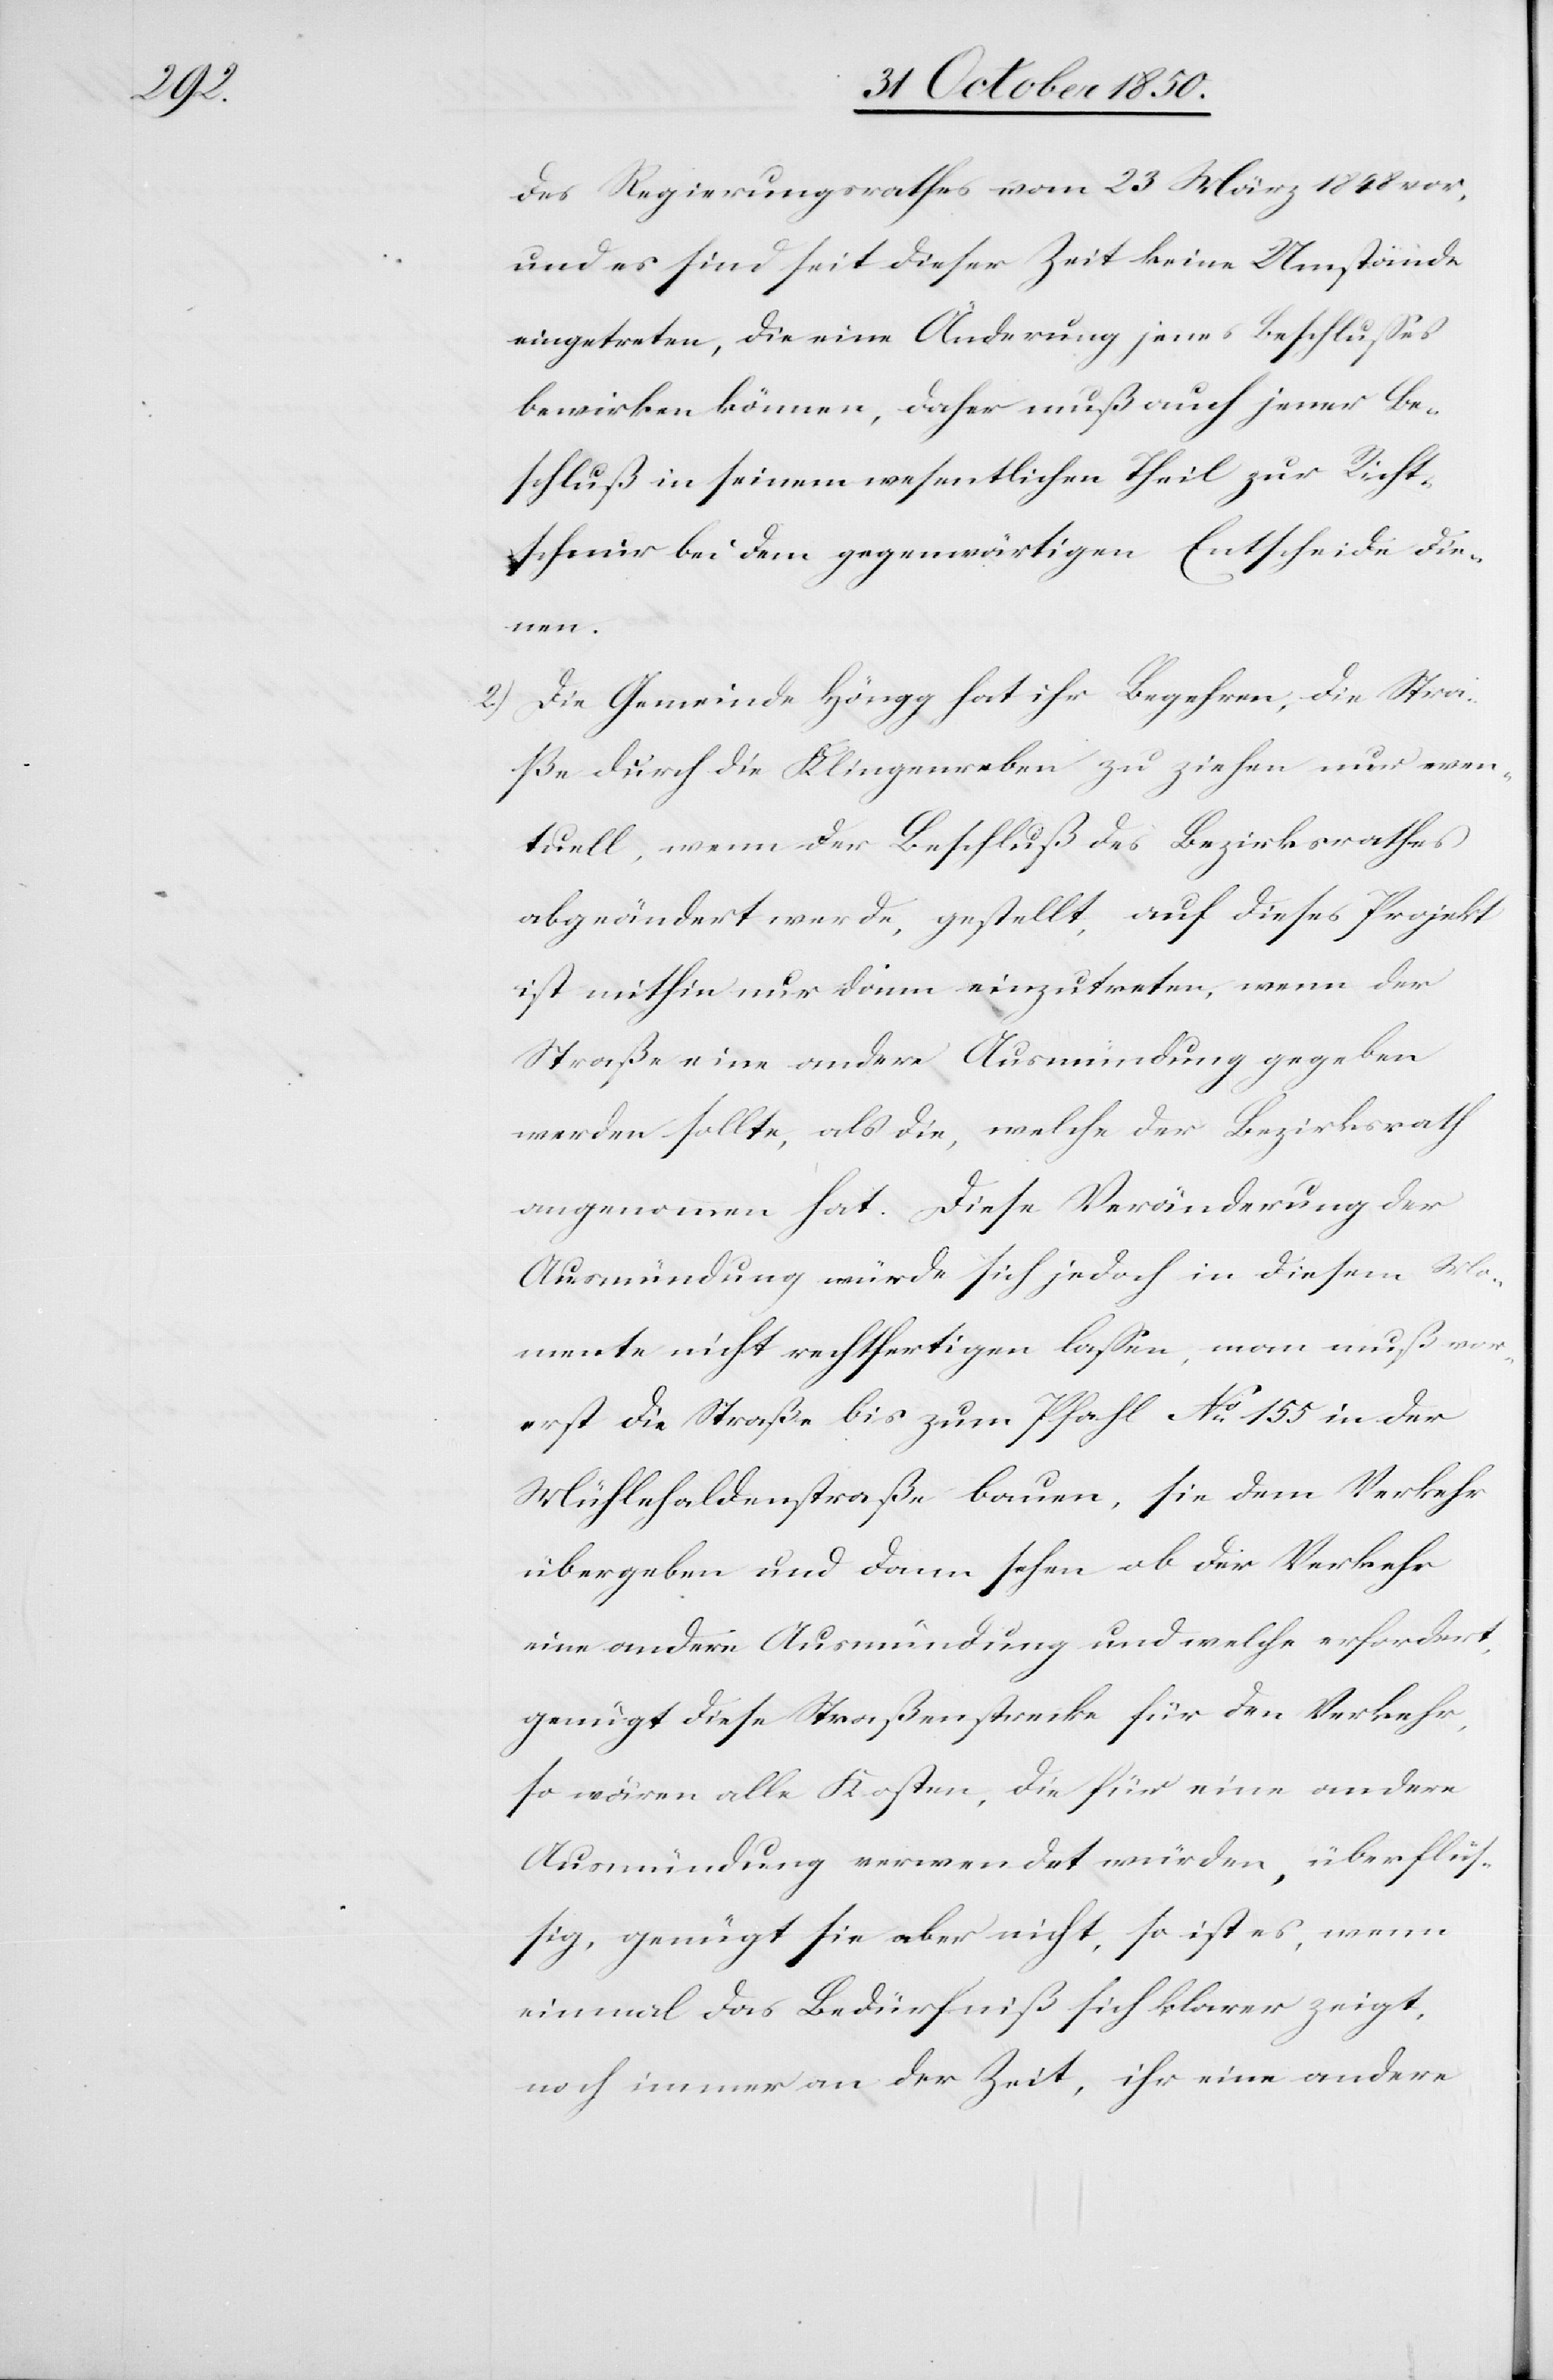
des Regierungsrathes vom 23 März 1848 vor,
und es sind seit dieser Zeit keine Umstände
eingetreten, die eine Änderung jenes Beschlusses
bewirken können, daher muß auch jener Be¬
schluß in seinem wesentlichen Theil zur Richt¬
schnur bei dem gegenwärtigen Entscheide die¬
nen.
2.) Die Gemeinde Höngg hat ihr Begehren, die Stra¬
ße durch die Klingenreben zu ziehen nur even¬
tuell, wenn der Beschluß des Bezirksrathes
abgeändert werde, gestellt, auf dieses Projekt
ist mithin nur dann einzutreten, wenn der
Straße eine andere Ausmündung gegeben
werden sollte, als die, welche der Bezirksrath
angenommen hat. Diese Veränderung der
Ausmündung würde sich jedoch in diesem Mo¬
mente nicht rechtfertigen lassen, man muß vor¬
erst die Straße bis zum Pfahl No 155 in der
Mühlehaldenstraße bauen, sie dem Verkehr
übergeben und dann sehen ob der Verkehr
eine andere Ausmündung und welche erfordert,
genügt diese Straßenstrecke für den Verkehr,
so wären alle Kosten, die für eine andere
Ausmündung verwendet würden, überflüs¬
sig, genügt sie aber nicht, so ist es, wenn
einmal das Bedürfniß sich klarer zeigt,
noch immer an der Zeit, ihr eine andere